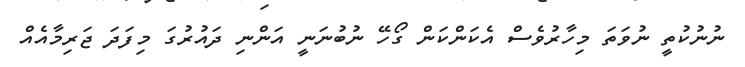
ނުނުކުތީ ނުވަތަ މިހާރުވެސް އެކަންކަން ގޯހޭ ނުބުނަނީ އަންނި ދައުރުގަ މިފަދަ ޖަރިމާއެއް